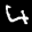
Label: 4